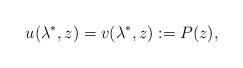
LaTeX: \begin{align*}u(\lambda^*,z)=v(\lambda^*,z):=P(z),\end{align*}